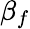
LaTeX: \beta_{f}